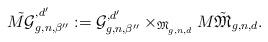
LaTeX: \begin{align*}\tilde{M\mathcal{G}}^{,d'}_{g,n,{\beta''}}:=\mathcal{G}^{,d'}_{g,n,{\beta''}}\times_{\mathfrak{M}^{}_{g,n,d}}M\tilde{\mathfrak{M}}_{g,n,d}.\end{align*}